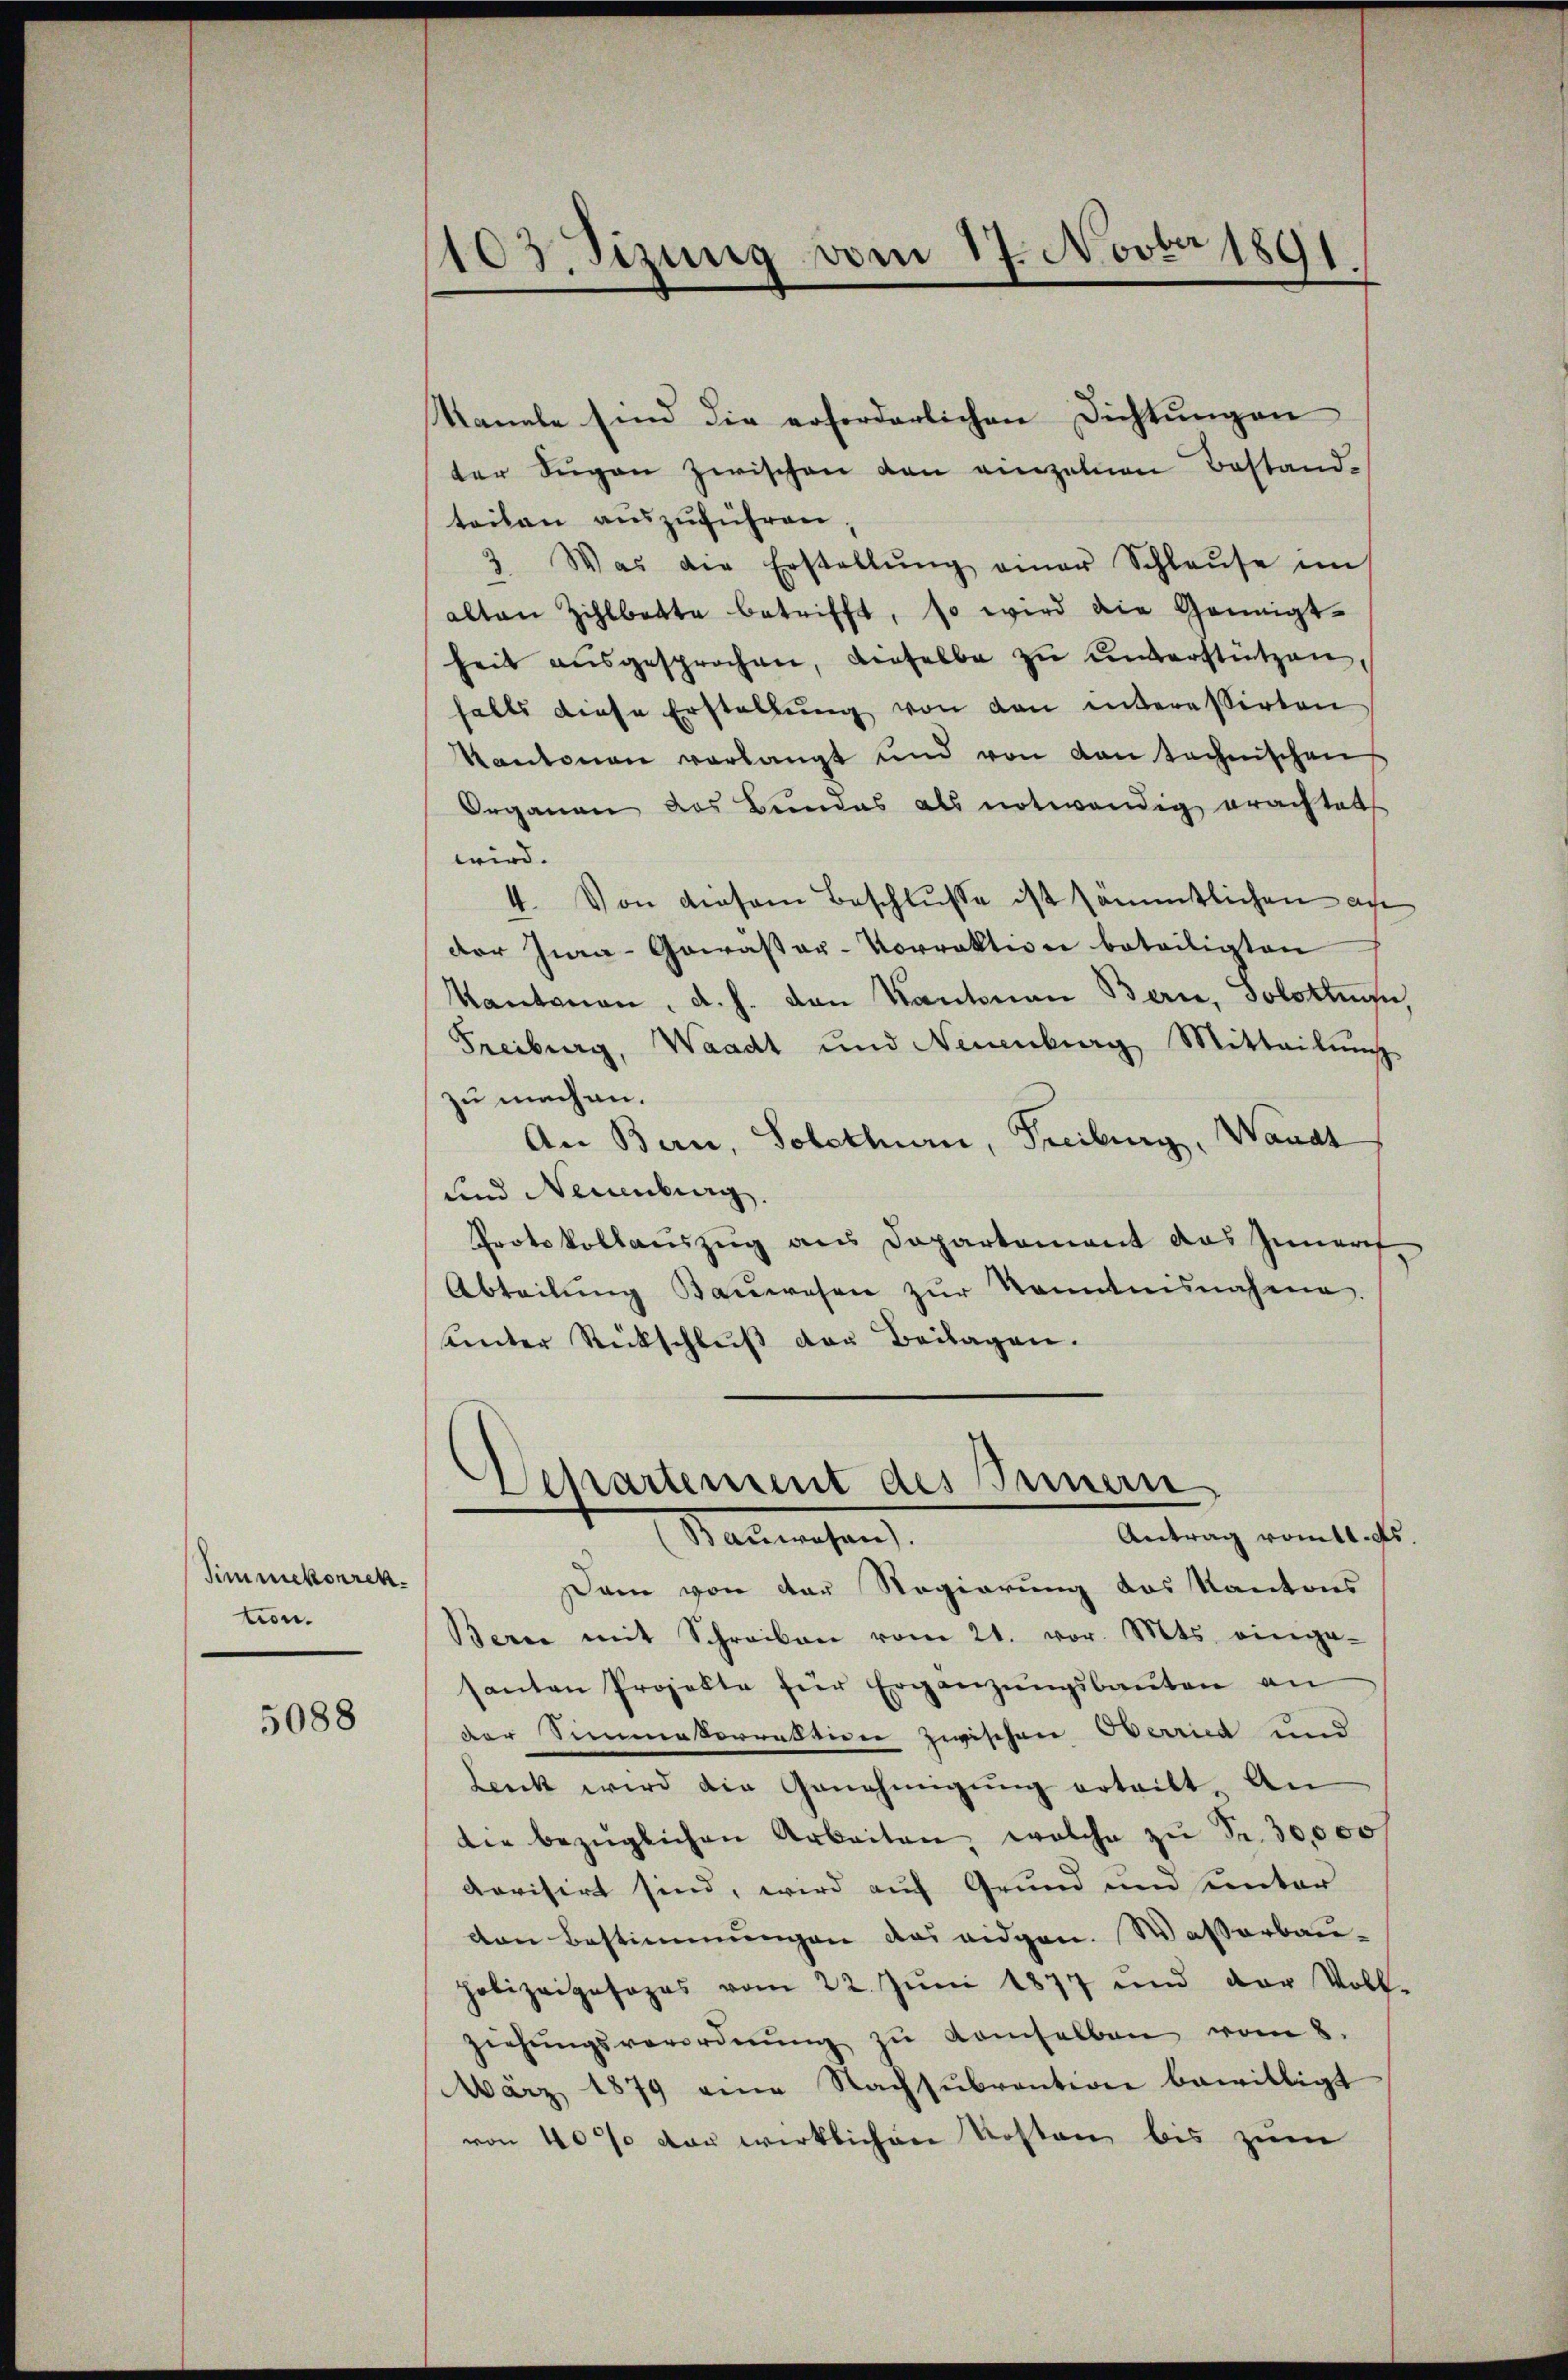
Simmekorrek
tion.

5088

Kanale sind die erforderlichen Dichtungen
ter Segen zwischen den einzelnen Bestand-
teilen auszuführen
3. Was die Erstellŭng einer Schlaŭse im
alten Zihlbette betrifft, so wird die Geneigtheit aŭsgesprochen, dieselbe zŭ ŭnterstützen,
halts diese Erstellŭng von den interessirten
Kantonen verlangt und von von technischen
Organen des Bundes als notwendig erachtet
wird.
4. Von diesem Beschlŭsse ist sämmtlichen an
der Zwa-Gawasser-Vorraktion beteiligten
Kantonen, d. h. den Kantonen Bern, Solothuse,
Freiburg, Waadt und Neuenburg Mitteilung
zu machen.
An Bern, Solothurn, Freiburg, Waadt
und Neuenburg.
Protokollauszug aus Departement das Innert,
Abteilŭng Baŭwesen zŭr Kenntnisnahme
ämter Rückschluß der Beilagen.

103. Sizung vom 17. Novber 1891

Departement des Innern
Antrag romtl. des
Nauwesen.

Dem von der Regierung des Kantons
Berne mit Schreiben vom 21. vor. Mts. einge-
santen Projekte für Ergänzŭngsbaŭten an
der Simmakorrektion zwischen Oberried und
Lenk wird die Genehmigŭng ertritt. An
die bezüglichen Arbeiten, welche zŭ Fr. 30,000
rovisirt sind, wird auf Grund und unter
den Bestimmungen das eidgen. Wasserbau-
polizeiposozas vom 22. Jŭni 1877 und der Voll-
ziehŭngsverordnŭng zŭ demselben vom 8.
März 1879 eine Nachsŭbvention bewilligt
von 40% vor wirklichen Kosten bis zum